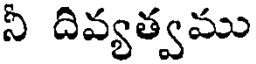
నీ దివ్యత్వము